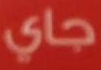
جاي